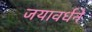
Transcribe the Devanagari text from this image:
जयावर्धने